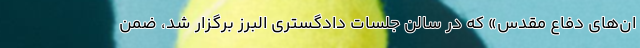
ان‌های دفاع مقدس» که در سالن جلسات دادگستری البرز برگزار شد، ضمن